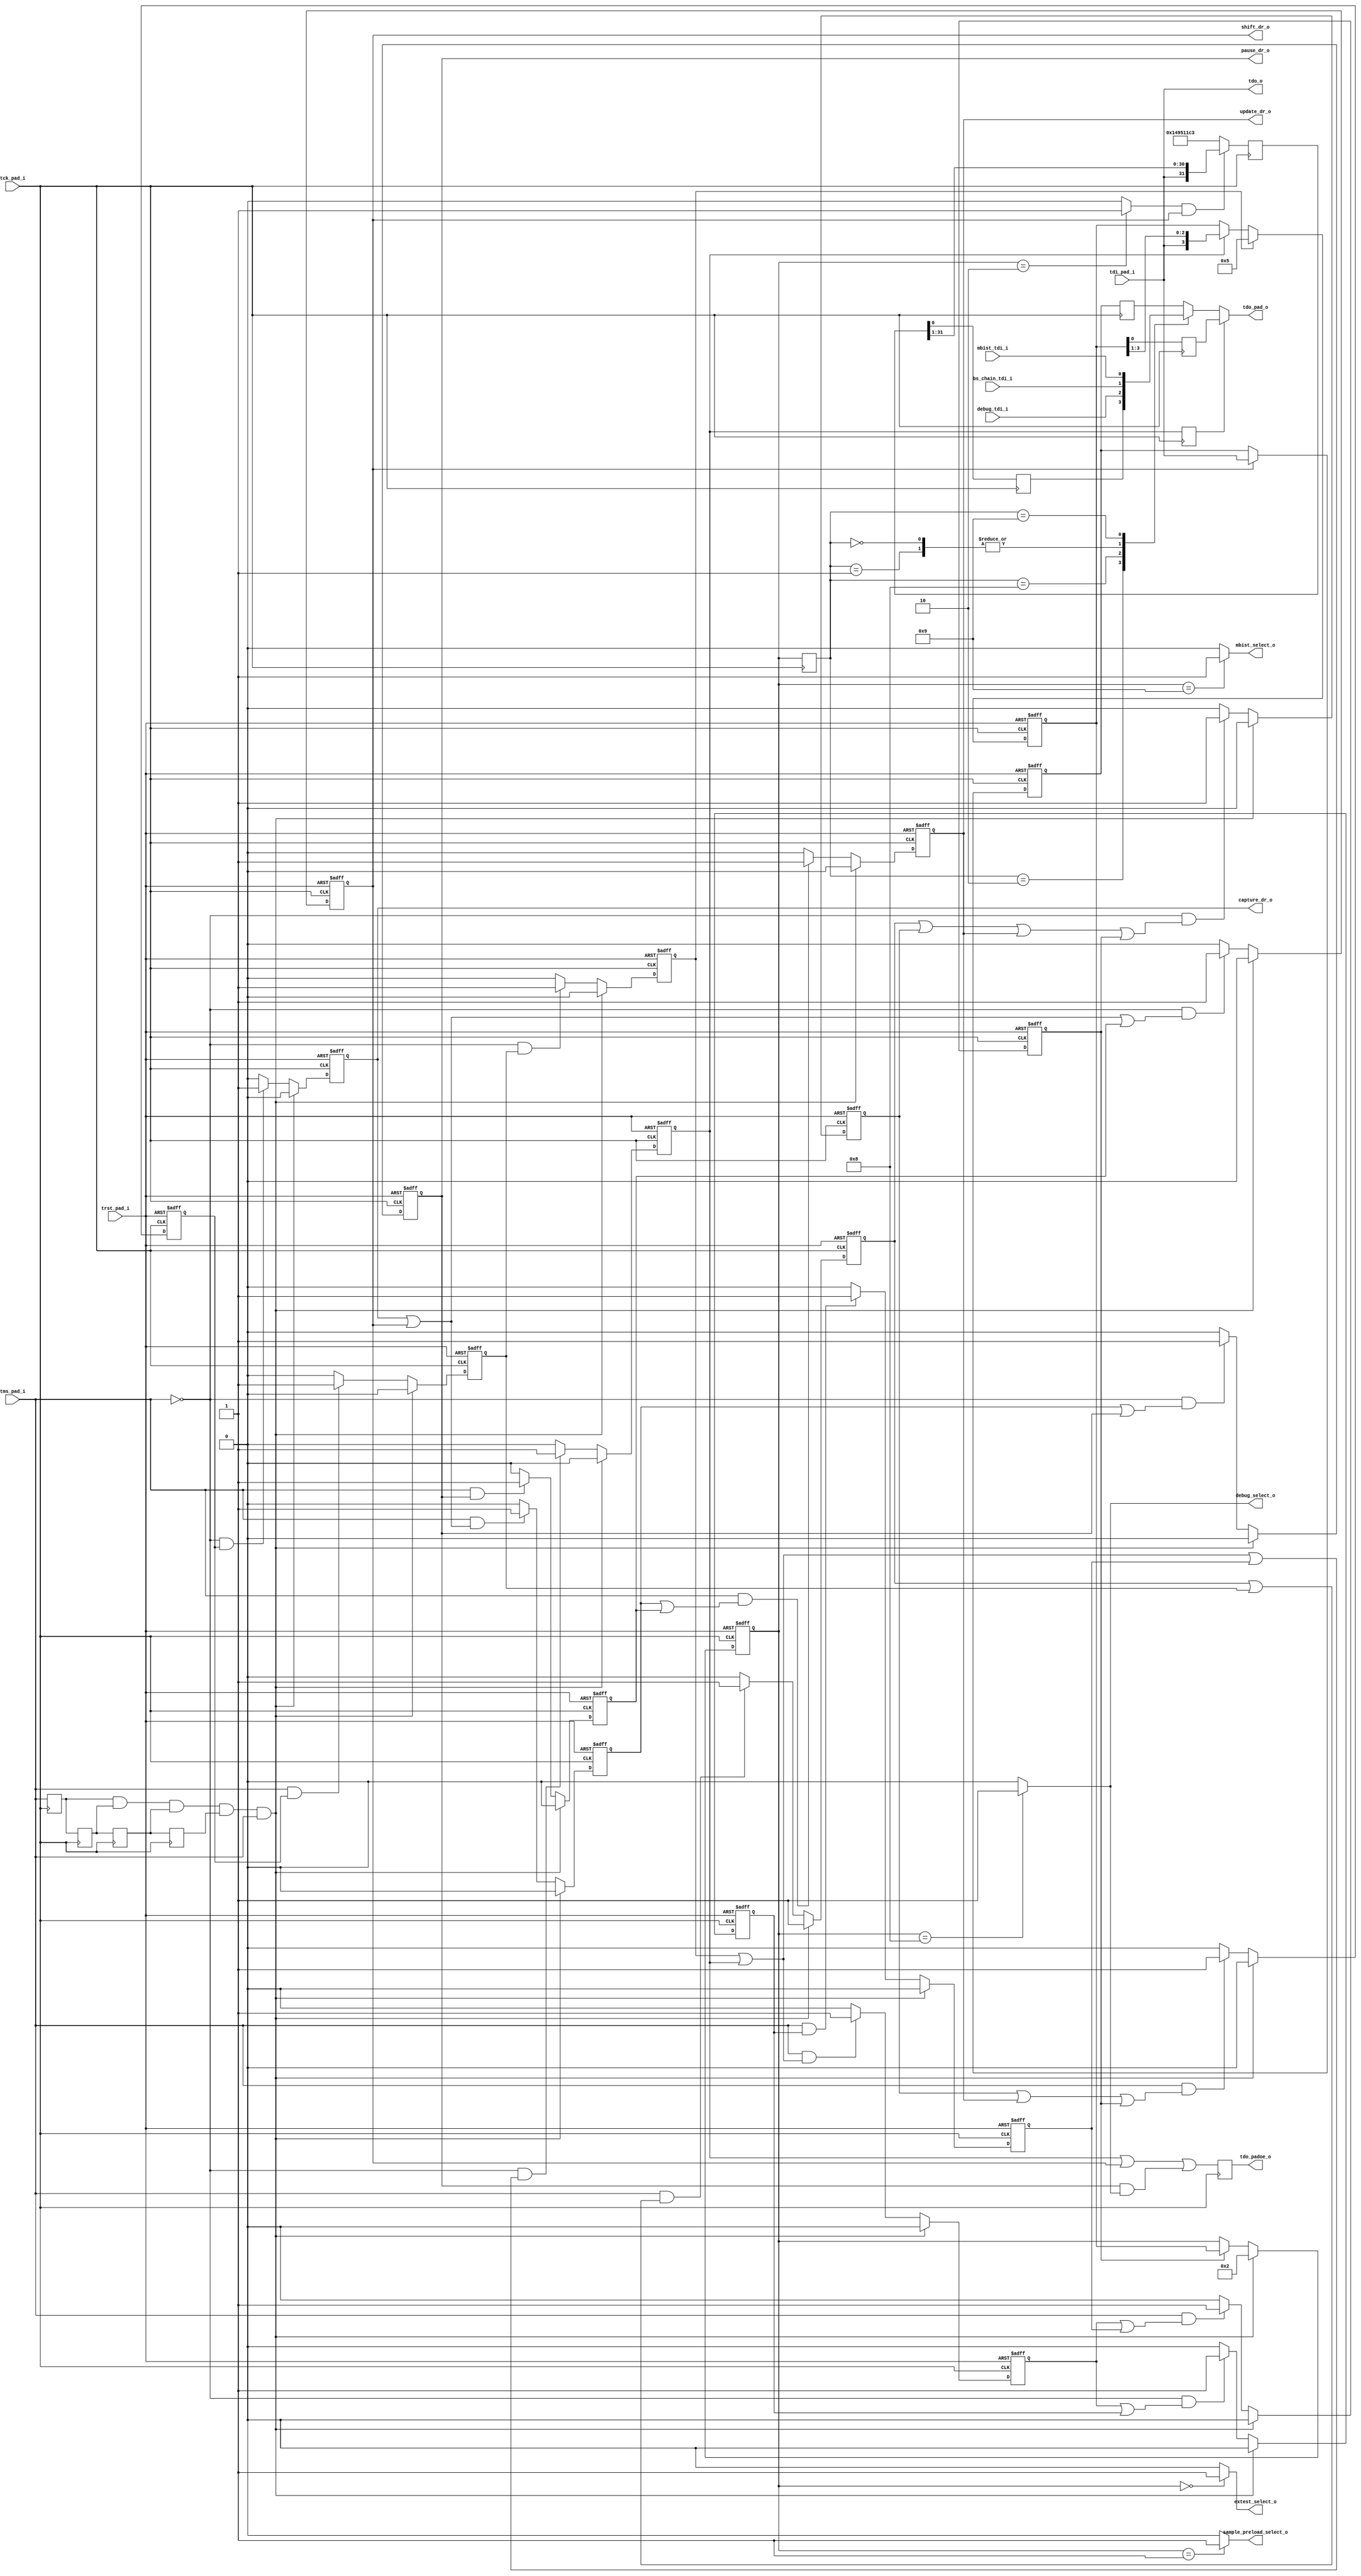

// Define IDCODE Value
`define IDCODE_VALUE  32'h149511c3
// 0001             version
// 0100100101010001 part number (IQ)
// 00011100001      manufacturer id (flextronics)
// 1                required by standard

// Length of the Instruction register
`define	IR_LENGTH	4

// Supported Instructions
`define EXTEST          4'b0000
`define SAMPLE_PRELOAD  4'b0001
`define IDCODE          4'b0010
`define DEBUG           4'b1000
`define MBIST           4'b1001
`define BYPASS          4'b1111

module tap_top(
                // JTAG pads
                tms_pad_i, 
                tck_pad_i, 
                trst_pad_i, 
                tdi_pad_i, 
                tdo_pad_o, 
                tdo_padoe_o,

                // TAP states
                shift_dr_o,
                pause_dr_o, 
                update_dr_o,
                capture_dr_o,
                
                // Select signals for boundary scan or mbist
                extest_select_o, 
                sample_preload_select_o,
                mbist_select_o,
                debug_select_o,
                
                // TDO signal that is connected to TDI of sub-modules.
                tdo_o, 
                
                // TDI signals from sub-modules
                debug_tdi_i,    // from debug module
                bs_chain_tdi_i, // from Boundary Scan Chain
                mbist_tdi_i     // from Mbist Chain
              );


// JTAG pins
input   tms_pad_i;      // JTAG test mode select pad
input   tck_pad_i;      // JTAG test clock pad
input   trst_pad_i;     // JTAG test reset pad
input   tdi_pad_i;      // JTAG test data input pad
output  tdo_pad_o;      // JTAG test data output pad
output  tdo_padoe_o;    // Output enable for JTAG test data output pad 

// TAP states
output  shift_dr_o;
output  pause_dr_o;
output  update_dr_o;
output  capture_dr_o;

// Select signals for boundary scan or mbist
output  extest_select_o;
output  sample_preload_select_o;
output  mbist_select_o;
output  debug_select_o;

// TDO signal that is connected to TDI of sub-modules.
output  tdo_o;

// TDI signals from sub-modules
input   debug_tdi_i;    // from debug module
input   bs_chain_tdi_i; // from Boundary Scan Chain
input   mbist_tdi_i;    // from Mbist Chain

// Registers
reg     test_logic_reset;
reg     run_test_idle;
reg     select_dr_scan;
reg     capture_dr;
reg     shift_dr;
reg     exit1_dr;
reg     pause_dr;
reg     exit2_dr;
reg     update_dr;
reg     select_ir_scan;
reg     capture_ir;
reg     shift_ir, shift_ir_neg;
reg     exit1_ir;
reg     pause_ir;
reg     exit2_ir;
reg     update_ir;
reg     extest_select;
reg     sample_preload_select;
reg     idcode_select;
reg     mbist_select;
reg     debug_select;
reg     bypass_select;
reg     tdo_pad_o;
reg     tdo_padoe_o;
reg     tms_q1, tms_q2, tms_q3, tms_q4;
wire    tms_reset;

assign tdo_o = tdi_pad_i;
assign shift_dr_o = shift_dr;
assign pause_dr_o = pause_dr;
assign update_dr_o = update_dr;
assign capture_dr_o = capture_dr;

assign extest_select_o = extest_select;
assign sample_preload_select_o = sample_preload_select;
assign mbist_select_o = mbist_select;
assign debug_select_o = debug_select;


always @ (posedge tck_pad_i)
begin
  tms_q1 <= #1 tms_pad_i;
  tms_q2 <= #1 tms_q1;
  tms_q3 <= #1 tms_q2;
  tms_q4 <= #1 tms_q3;
end


assign tms_reset = tms_q1 & tms_q2 & tms_q3 & tms_q4 & tms_pad_i;    // 5 consecutive TMS=1 causes reset


/**********************************************************************************
*                                                                                 *
*   TAP State Machine: Fully JTAG compliant                                       *
*                                                                                 *
**********************************************************************************/

// test_logic_reset state
always @ (posedge tck_pad_i or posedge trst_pad_i)
begin
  if(trst_pad_i)
    test_logic_reset<=#1 1'b1;
  else if (tms_reset)
    test_logic_reset<=#1 1'b1;
  else
    begin
      if(tms_pad_i & (test_logic_reset | select_ir_scan))
        test_logic_reset<=#1 1'b1;
      else
        test_logic_reset<=#1 1'b0;
    end
end

// run_test_idle state
always @ (posedge tck_pad_i or posedge trst_pad_i)
begin
  if(trst_pad_i)
    run_test_idle<=#1 1'b0;
  else if (tms_reset)
    run_test_idle<=#1 1'b0;
  else
  if(~tms_pad_i & (test_logic_reset | run_test_idle | update_dr | update_ir))
    run_test_idle<=#1 1'b1;
  else
    run_test_idle<=#1 1'b0;
end

// select_dr_scan state
always @ (posedge tck_pad_i or posedge trst_pad_i)
begin
  if(trst_pad_i)
    select_dr_scan<=#1 1'b0;
  else if (tms_reset)
    select_dr_scan<=#1 1'b0;
  else
  if(tms_pad_i & (run_test_idle | update_dr | update_ir))
    select_dr_scan<=#1 1'b1;
  else
    select_dr_scan<=#1 1'b0;
end

// capture_dr state
always @ (posedge tck_pad_i or posedge trst_pad_i)
begin
  if(trst_pad_i)
    capture_dr<=#1 1'b0;
  else if (tms_reset)
    capture_dr<=#1 1'b0;
  else
  if(~tms_pad_i & select_dr_scan)
    capture_dr<=#1 1'b1;
  else
    capture_dr<=#1 1'b0;
end

// shift_dr state
always @ (posedge tck_pad_i or posedge trst_pad_i)
begin
  if(trst_pad_i)
    shift_dr<=#1 1'b0;
  else if (tms_reset)
    shift_dr<=#1 1'b0;
  else
  if(~tms_pad_i & (capture_dr | shift_dr | exit2_dr))
    shift_dr<=#1 1'b1;
  else
    shift_dr<=#1 1'b0;
end

// exit1_dr state
always @ (posedge tck_pad_i or posedge trst_pad_i)
begin
  if(trst_pad_i)
    exit1_dr<=#1 1'b0;
  else if (tms_reset)
    exit1_dr<=#1 1'b0;
  else
  if(tms_pad_i & (capture_dr | shift_dr))
    exit1_dr<=#1 1'b1;
  else
    exit1_dr<=#1 1'b0;
end

// pause_dr state
always @ (posedge tck_pad_i or posedge trst_pad_i)
begin
  if(trst_pad_i)
    pause_dr<=#1 1'b0;
  else if (tms_reset)
    pause_dr<=#1 1'b0;
  else
  if(~tms_pad_i & (exit1_dr | pause_dr))
    pause_dr<=#1 1'b1;
  else
    pause_dr<=#1 1'b0;
end

// exit2_dr state
always @ (posedge tck_pad_i or posedge trst_pad_i)
begin
  if(trst_pad_i)
    exit2_dr<=#1 1'b0;
  else if (tms_reset)
    exit2_dr<=#1 1'b0;
  else
  if(tms_pad_i & pause_dr)
    exit2_dr<=#1 1'b1;
  else
    exit2_dr<=#1 1'b0;
end

// update_dr state
always @ (posedge tck_pad_i or posedge trst_pad_i)
begin
  if(trst_pad_i)
    update_dr<=#1 1'b0;
  else if (tms_reset)
    update_dr<=#1 1'b0;
  else
  if(tms_pad_i & (exit1_dr | exit2_dr))
    update_dr<=#1 1'b1;
  else
    update_dr<=#1 1'b0;
end

// select_ir_scan state
always @ (posedge tck_pad_i or posedge trst_pad_i)
begin
  if(trst_pad_i)
    select_ir_scan<=#1 1'b0;
  else if (tms_reset)
    select_ir_scan<=#1 1'b0;
  else
  if(tms_pad_i & select_dr_scan)
    select_ir_scan<=#1 1'b1;
  else
    select_ir_scan<=#1 1'b0;
end

// capture_ir state
always @ (posedge tck_pad_i or posedge trst_pad_i)
begin
  if(trst_pad_i)
    capture_ir<=#1 1'b0;
  else if (tms_reset)
    capture_ir<=#1 1'b0;
  else
  if(~tms_pad_i & select_ir_scan)
    capture_ir<=#1 1'b1;
  else
    capture_ir<=#1 1'b0;
end

// shift_ir state
always @ (posedge tck_pad_i or posedge trst_pad_i)
begin
  if(trst_pad_i)
    shift_ir<=#1 1'b0;
  else if (tms_reset)
    shift_ir<=#1 1'b0;
  else
  if(~tms_pad_i & (capture_ir | shift_ir | exit2_ir))
    shift_ir<=#1 1'b1;
  else
    shift_ir<=#1 1'b0;
end

// exit1_ir state
always @ (posedge tck_pad_i or posedge trst_pad_i)
begin
  if(trst_pad_i)
    exit1_ir<=#1 1'b0;
  else if (tms_reset)
    exit1_ir<=#1 1'b0;
  else
  if(tms_pad_i & (capture_ir | shift_ir))
    exit1_ir<=#1 1'b1;
  else
    exit1_ir<=#1 1'b0;
end

// pause_ir state
always @ (posedge tck_pad_i or posedge trst_pad_i)
begin
  if(trst_pad_i)
    pause_ir<=#1 1'b0;
  else if (tms_reset)
    pause_ir<=#1 1'b0;
  else
  if(~tms_pad_i & (exit1_ir | pause_ir))
    pause_ir<=#1 1'b1;
  else
    pause_ir<=#1 1'b0;
end

// exit2_ir state
always @ (posedge tck_pad_i or posedge trst_pad_i)
begin
  if(trst_pad_i)
    exit2_ir<=#1 1'b0;
  else if (tms_reset)
    exit2_ir<=#1 1'b0;
  else
  if(tms_pad_i & pause_ir)
    exit2_ir<=#1 1'b1;
  else
    exit2_ir<=#1 1'b0;
end

// update_ir state
always @ (posedge tck_pad_i or posedge trst_pad_i)
begin
  if(trst_pad_i)
    update_ir<=#1 1'b0;
  else if (tms_reset)
    update_ir<=#1 1'b0;
  else
  if(tms_pad_i & (exit1_ir | exit2_ir))
    update_ir<=#1 1'b1;
  else
    update_ir<=#1 1'b0;
end

/**********************************************************************************
*                                                                                 *
*   End: TAP State Machine                                                        *
*                                                                                 *
**********************************************************************************/



/**********************************************************************************
*                                                                                 *
*   jtag_ir:  JTAG Instruction Register                                           *
*                                                                                 *
**********************************************************************************/
reg [`IR_LENGTH-1:0]  jtag_ir;          // Instruction register
reg [`IR_LENGTH-1:0]  latched_jtag_ir, latched_jtag_ir_neg;
reg                   instruction_tdo;

always @ (posedge tck_pad_i or posedge trst_pad_i)
begin
  if(trst_pad_i)
    jtag_ir[`IR_LENGTH-1:0] <= #1 `IR_LENGTH'b0;
  else if(capture_ir)
    jtag_ir <= #1 4'b0101;          // This value is fixed for easier fault detection
  else if(shift_ir)
    jtag_ir[`IR_LENGTH-1:0] <= #1 {tdi_pad_i, jtag_ir[`IR_LENGTH-1:1]};
end

always @ (negedge tck_pad_i)
begin
  instruction_tdo <= #1 jtag_ir[0];
end
/**********************************************************************************
*                                                                                 *
*   End: jtag_ir                                                                  *
*                                                                                 *
**********************************************************************************/



/**********************************************************************************
*                                                                                 *
*   idcode logic                                                                  *
*                                                                                 *
**********************************************************************************/
reg [31:0] idcode_reg;
reg        idcode_tdo;

always @ (posedge tck_pad_i)
begin
  if(idcode_select & shift_dr)
    idcode_reg <= #1 {tdi_pad_i, idcode_reg[31:1]};
  else
    idcode_reg <= #1 `IDCODE_VALUE;
end

always @ (negedge tck_pad_i)
begin
    idcode_tdo <= #1 idcode_reg;
end
/**********************************************************************************
*                                                                                 *
*   End: idcode logic                                                             *
*                                                                                 *
**********************************************************************************/


/**********************************************************************************
*                                                                                 *
*   Bypass logic                                                                  *
*                                                                                 *
**********************************************************************************/
reg  bypassed_tdo;
reg  bypass_reg;

always @ (posedge tck_pad_i or posedge trst_pad_i)
begin
  if (trst_pad_i)
    bypass_reg<=#1 1'b0;
  else if(shift_dr)
    bypass_reg<=#1 tdi_pad_i;
end

always @ (negedge tck_pad_i)
begin
  bypassed_tdo <=#1 bypass_reg;
end
/**********************************************************************************
*                                                                                 *
*   End: Bypass logic                                                             *
*                                                                                 *
**********************************************************************************/


/**********************************************************************************
*                                                                                 *
*   Activating Instructions                                                       *
*                                                                                 *
**********************************************************************************/
// Updating jtag_ir (Instruction Register)
always @ (posedge tck_pad_i or posedge trst_pad_i)
begin
  if(trst_pad_i)
    latched_jtag_ir <=#1 `IDCODE;   // IDCODE selected after reset
  else if (tms_reset)
    latched_jtag_ir <=#1 `IDCODE;   // IDCODE selected after reset
  else if(update_ir)
    latched_jtag_ir <=#1 jtag_ir;
end

/**********************************************************************************
*                                                                                 *
*   End: Activating Instructions                                                  *
*                                                                                 *
**********************************************************************************/


// Updating jtag_ir (Instruction Register)
always @ (latched_jtag_ir)
begin
  extest_select           = 1'b0;
  sample_preload_select   = 1'b0;
  idcode_select           = 1'b0;
  mbist_select            = 1'b0;
  debug_select            = 1'b0;
  bypass_select           = 1'b0;

  case(latched_jtag_ir)    /* synthesis parallel_case */ 
    `EXTEST:            extest_select           = 1'b1;    // External test
    `SAMPLE_PRELOAD:    sample_preload_select   = 1'b1;    // Sample preload
    `IDCODE:            idcode_select           = 1'b1;    // ID Code
    `MBIST:             mbist_select            = 1'b1;    // Mbist test
    `DEBUG:             debug_select            = 1'b1;    // Debug
    `BYPASS:            bypass_select           = 1'b1;    // BYPASS
    default:            bypass_select           = 1'b1;    // BYPASS
  endcase
end



/**********************************************************************************
*                                                                                 *
*   Multiplexing TDO data                                                         *
*                                                                                 *
**********************************************************************************/
always @ (shift_ir_neg or exit1_ir or instruction_tdo or latched_jtag_ir_neg or idcode_tdo or
          debug_tdi_i or bs_chain_tdi_i or mbist_tdi_i or 
          bypassed_tdo)
begin
  if(shift_ir_neg)
    tdo_pad_o = instruction_tdo;
  else
    begin
      case(latched_jtag_ir_neg)    // synthesis parallel_case
        `IDCODE:            tdo_pad_o = idcode_tdo;       // Reading ID code
        `DEBUG:             tdo_pad_o = debug_tdi_i;      // Debug
        `SAMPLE_PRELOAD:    tdo_pad_o = bs_chain_tdi_i;   // Sampling/Preloading
        `EXTEST:            tdo_pad_o = bs_chain_tdi_i;   // External test
        `MBIST:             tdo_pad_o = mbist_tdi_i;      // Mbist test
        default:            tdo_pad_o = bypassed_tdo;     // BYPASS instruction
      endcase
    end
end


// Tristate control for tdo_pad_o pin
always @ (negedge tck_pad_i)
begin
  tdo_padoe_o <= #1 shift_ir | shift_dr | (pause_dr & debug_select);
end
/**********************************************************************************
*                                                                                 *
*   End: Multiplexing TDO data                                                    *
*                                                                                 *
**********************************************************************************/


always @ (negedge tck_pad_i)
begin
  shift_ir_neg <= #1 shift_ir;
  latched_jtag_ir_neg <= #1 latched_jtag_ir;
end


endmodule